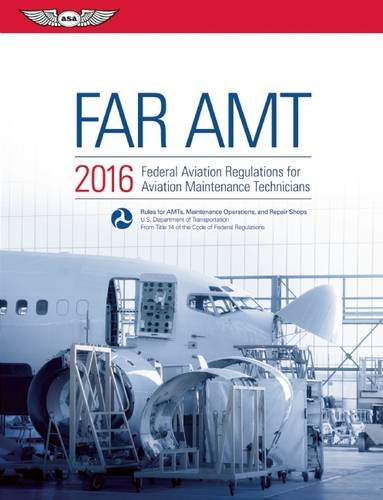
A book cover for FAR-AMT 2016: Federal Aviation Regulations for Aviation Maintenance Technicians (FAR/AIM series); Federal Aviation Administration (FAA)/Aviation Supplies & Academics (ASA); Engineering & Transportation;